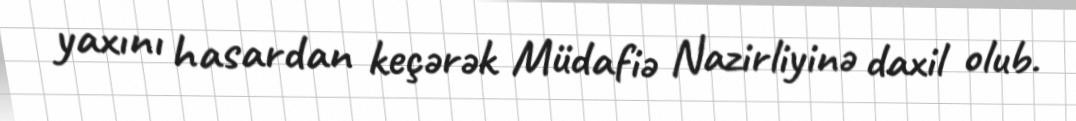
yaxını hasardan keçərək Müdafiə Nazirliyinə daxil olub.